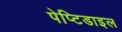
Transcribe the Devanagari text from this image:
पेप्टिडाइल